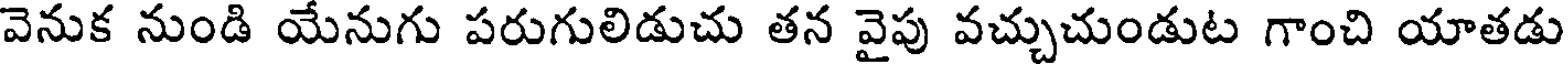
వెనుక నుండి యేనుగు పరుగులిడుచు తన వైపు వచ్చుచుండుట గాంచి యాతడు